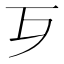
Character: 𣦶